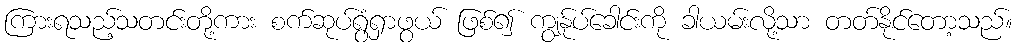
ကြားရသည့်သတင်းတို့ကား စက်ဆုပ်ရွံရှာဖွယ် ဖြစ်၍ ကျွန်ုပ်ခေါင်းကို ခါယမ်းလို့သာ တတ်နိုင်တော့သည်။